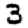
Digit: 3